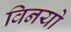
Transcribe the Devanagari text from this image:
विनयो